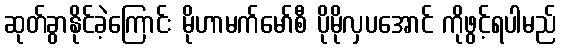
ဆုတ်ခွာနိုင်ခဲ့ကြောင်း မိုဟာမက်မော်စီ ပိုမိုလှပအောင် ကိုဖွင့်ရပါမည်